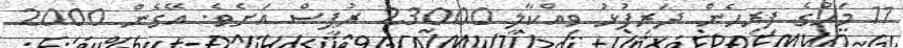
11 މަހުގެ ފިރިހެން ދަރިފުޅު ވިއްކާލީ 23000 ރުޕީސް އަށެވެ. އޭގެން 2000